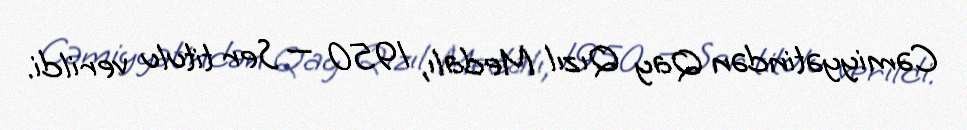
Cəmiyyətindən Qay Qızıl Medalı, 1950 — Ser titulu verildi.